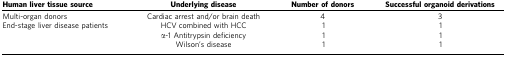
<table><thead><tr><td><b>Human liver tissue source</b></td><td><b>Underlying disease</b></td><td><b>Number of donors</b></td><td><b>Successful organoid derivations</b></td></tr></thead><tbody><tr><td>Multi-organ donors</td><td>Cardiac arrest and/or brain death</td><td>4</td><td>3</td></tr><tr><td>End-stage liver disease patients</td><td>HCV combined with HCC</td><td>1</td><td>1</td></tr><tr><td> </td><td>α-1 Antitrypsin deficiency</td><td>1</td><td>1</td></tr><tr><td> </td><td>Wilson&#x27;s disease</td><td>1</td><td>1</td></tr></tbody></table>